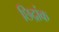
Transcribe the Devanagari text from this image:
छिद्रांक